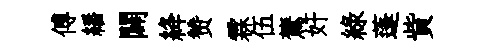
傅繙闢絳赞霖伍鷟奸綠蓬貲